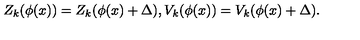
Z _ { k } ( \phi ( x ) ) = Z _ { k } ( \phi ( x ) + \Delta ) , V _ { k } ( \phi ( x ) ) = V _ { k } ( \phi ( x ) + \Delta ) .